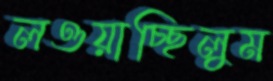
লওয়াচ্ছিলুম